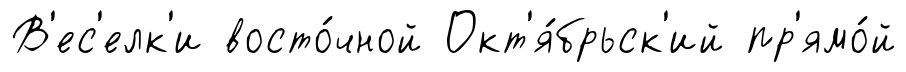
В'ес'елк'и восто́чной Окт'я́брьск'ий пр'ямо́й